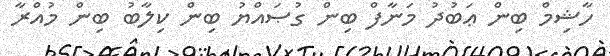
ހާޝިމް ބިން ޢަބުދު މަނާފް ބިން ގުޞައްޔު ބިން ކިލާބު ބިން މުއްރާ